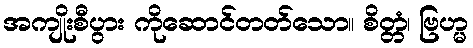
အကျိုးစီပွား ကိုဆောင်တတ်သော။ စိတ္တံ၊ ဗြဟ္မ